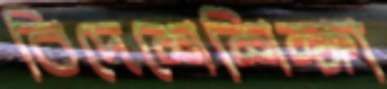
বিদেশেশিক্ষা